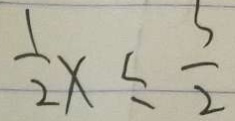
\frac { 1 } { 2 } x \leq \frac { 5 } { 2 }